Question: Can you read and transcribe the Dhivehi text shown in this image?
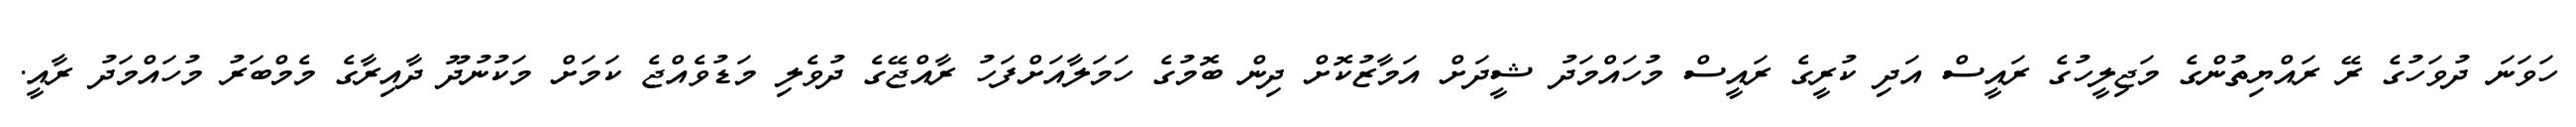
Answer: ހަވަނަ ދުވަހުގެ ރޭ ރައްޔިތުންގެ މަޖިލީހުގެ ރައީސް އަދި ކުރީގެ ރައީސް މުހައްމަދު ޝީދަށް އަމާޒުކޮށް ދިން ބޮމުގެ ހަމަލާއަށްފަހު ރާއްޖޭގެ ދުވެލި މަޑުވެއްޖެ ކަމަށް މަކުނުދޫ ދާއިރާގެ މެމްބަރު މުހައްމަދު ރާއީ.